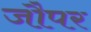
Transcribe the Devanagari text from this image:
जौपर